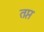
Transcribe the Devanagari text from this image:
तप्तं